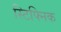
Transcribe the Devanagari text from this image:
स्टिफ्निक